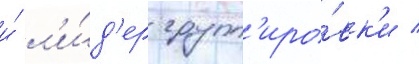
и́ л'и́д'ер групп'иро́вк'и /